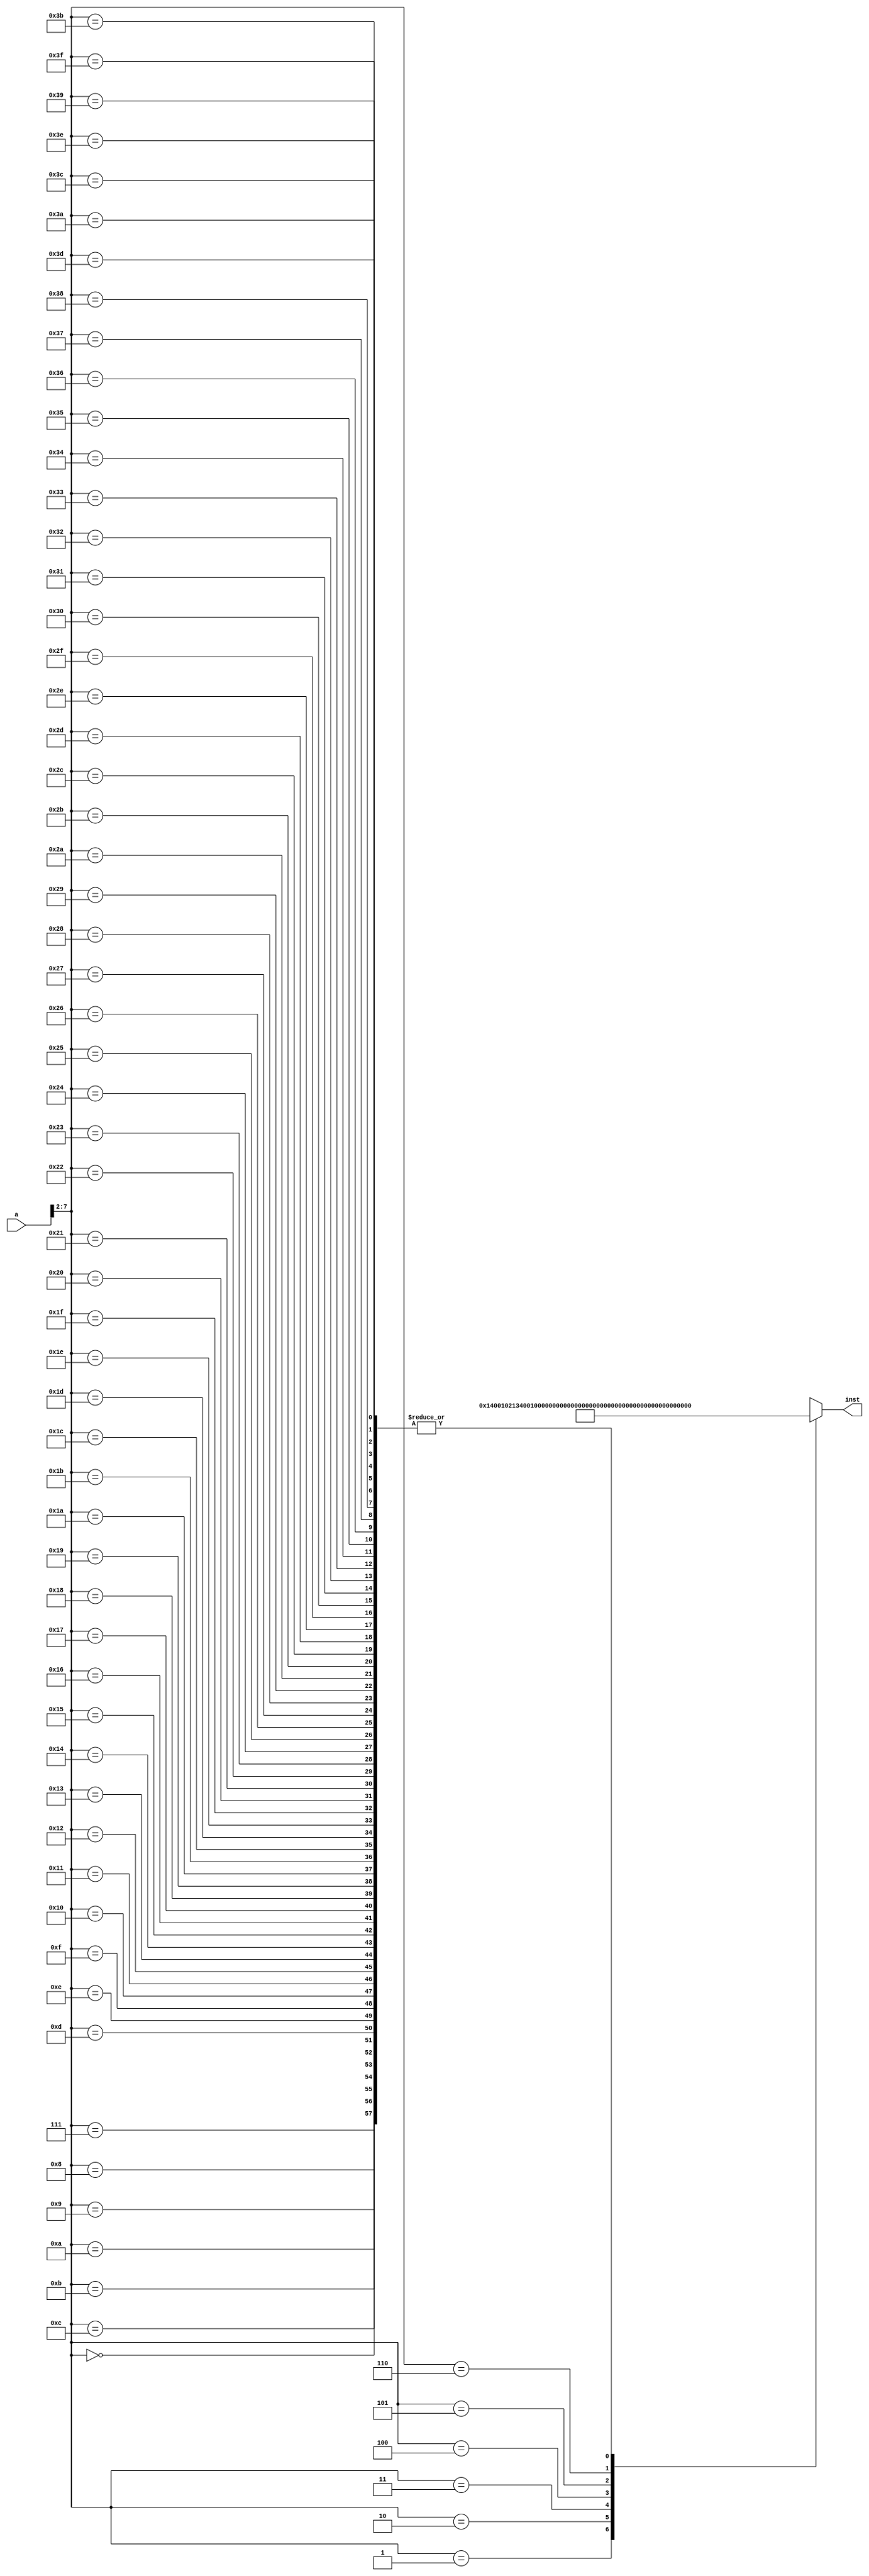
//////////////////////////////////////////////////////////////////////////////////
// Company: 
// Engineer: 
// 
// Design Name: 
// Module Name:    Inst_ROM 
// Project Name: 
// Target Devices: 
// Tool versions: 
// Description: 
//
// Dependencies: 
//
// Revision: 
// Revision 0.01 - File Created
// Additional Comments: 
//
//////////////////////////////////////////////////////////////////////////////////
module Inst_ROM(a,inst
    );
	 input [31:0] a;
	 output [31:0] inst;
	 wire [31:0] rom [0:63];
	 
	 assign rom[6'h00]=32'h00000000;
	 assign rom[6'h01]=32'b00010100000000000001000000100001;//addi r1, r1, 0x0004, r1=5
	 assign rom[6'h02]=32'b00110100000000000001000001100010;//load r2, 0x0004(r3), r2=7
	 assign rom[6'h03]=32'b00000100001000000001000010100110;//or r4, r5, r6
	 assign rom[6'h04]=32'b00000000000100000000110010100110;//add r3, r5, r6, r3=11
	 assign rom[6'h05]=32'b00111000000000000000100011101000;//store r8, 0x0002(r7)
	 assign rom[6'h06]=32'b00001000001000010010010000000111;//srl r9, r7, 0x02
	 assign rom[6'h07]=32'h00000000;
	 assign rom[6'h08]=32'h00000000;
	 assign rom[6'h09]=32'h00000000;
	 assign rom[6'h0A]=32'h00000000;
	 assign rom[6'h0B]=32'h00000000;
	 assign rom[6'h0C]=32'h00000000;
	 assign rom[6'h0D]=32'h00000000;
	 assign rom[6'h0E]=32'h00000000;
	 assign rom[6'h0F]=32'h00000000;
	 assign rom[6'h10]=32'h00000000;
	 assign rom[6'h11]=32'h00000000;
	 assign rom[6'h12]=32'h00000000;
	 assign rom[6'h13]=32'h00000000;
	 assign rom[6'h14]=32'h00000000;
	 assign rom[6'h15]=32'h00000000;
	 assign rom[6'h16]=32'h00000000;
	 assign rom[6'h17]=32'h00000000;
	 assign rom[6'h18]=32'h00000000;
	 assign rom[6'h19]=32'h00000000;
	 assign rom[6'h1A]=32'h00000000;
	 assign rom[6'h1B]=32'h00000000;
	 assign rom[6'h1C]=32'h00000000;
	 assign rom[6'h1D]=32'h00000000;
	 assign rom[6'h1E]=32'h00000000;
	 assign rom[6'h1F]=32'h00000000;
	 assign rom[6'h20]=32'h00000000;
	 assign rom[6'h21]=32'h00000000;
	 assign rom[6'h22]=32'h00000000;
	 
	 assign rom[6'h23]=32'h00000000;
	 assign rom[6'h24]=32'h00000000;
	 assign rom[6'h25]=32'h00000000;
	 assign rom[6'h26]=32'h00000000;
	 assign rom[6'h27]=32'h00000000;
	 assign rom[6'h28]=32'h00000000;
	 assign rom[6'h29]=32'h00000000;
	 assign rom[6'h2A]=32'h00000000;
	 assign rom[6'h2B]=32'h00000000;
	 assign rom[6'h2C]=32'h00000000;
	 assign rom[6'h2D]=32'h00000000;
	 assign rom[6'h2E]=32'h00000000;
	 assign rom[6'h2F]=32'h00000000;
	 assign rom[6'h30]=32'h00000000;
	 assign rom[6'h31]=32'h00000000;
	 assign rom[6'h32]=32'h00000000;
	 assign rom[6'h33]=32'h00000000;
	 assign rom[6'h34]=32'h00000000;
	 assign rom[6'h35]=32'h00000000;
	 assign rom[6'h36]=32'h00000000;
	 assign rom[6'h37]=32'h00000000;
	 assign rom[6'h38]=32'h00000000;
	 assign rom[6'h39]=32'h00000000;
	 assign rom[6'h3A]=32'h00000000;
	 assign rom[6'h3B]=32'h00000000;
	 assign rom[6'h3C]=32'h00000000;
	 assign rom[6'h3D]=32'h00000000;
	 assign rom[6'h3E]=32'h00000000;
	 assign rom[6'h3F]=32'h00000000;
	 
	 assign inst=rom[a[7:2]];
endmodule